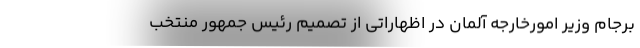
برجام وزیر امورخارجه آلمان در اظهاراتی از تصمیم رئیس جمهور منتخب